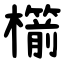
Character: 櫤